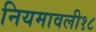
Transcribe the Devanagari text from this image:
नियमावली१८